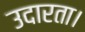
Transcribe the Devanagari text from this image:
उदारता।